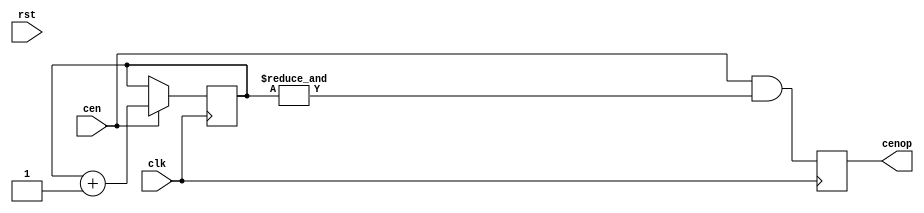
// This program was cloned from: https://github.com/atrac17/Toaplan2
// License: GNU General Public License v3.0

/*  This file is part of JTOPL.

    JTOPL is free software: you can redistribute it and/or modify
    it under the terms of the GNU General Public License as published by
    the Free Software Foundation, either version 3 of the License, or
    (at your option) any later version.

    JTOPL is distributed in the hope that it will be useful,
    but WITHOUT ANY WARRANTY; without even the implied warranty of
    MERCHANTABILITY or FITNESS FOR A PARTICULAR PURPOSE.  See the
    GNU General Public License for more details.

    You should have received a copy of the GNU General Public License
    along with JTOPL.  If not, see <http://www.gnu.org/licenses/>.

    Author: Jose Tejada Gomez. Twitter: @topapate
    Version: 1.0
    Date: 10-6-2020

    */

module jtopl_div(
    input       rst,
    input       clk,
    input       cen,
    output reg  cenop   // clock enable at operator rate
);

parameter OPL_TYPE=1;

localparam W = 2; // OPL_TYPE==2 ? 1 : 2;

reg  [W-1:0] cnt;

`ifdef SIMULATION
initial cnt={W{1'b0}};
`endif

always @(posedge clk) if(cen) begin
    cnt <= cnt+1'd1;
end

always @(posedge clk) begin
    cenop <= cen && (&cnt);
end

endmodule